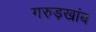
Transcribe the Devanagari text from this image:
गरुड़खांब